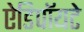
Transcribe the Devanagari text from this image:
ऐडिपॉयटे